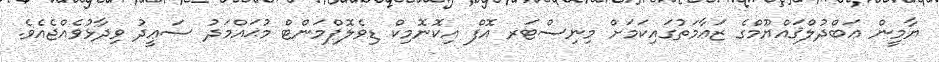
ޔާމީން ޢަބްދުލްޤައްޔޫމްގެ ޒަޢާމަތުގައިކަމަށް މިނިސްޓަރ އޮފް އިކޮނޮމިކް ޑިވެލޮޕްމަންޓް މުޙައްމަދު ސަޢީދު ވިދާޅުވެއްޖެއެވެ.